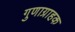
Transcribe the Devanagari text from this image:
गुणाग्राहक